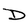
Character: D